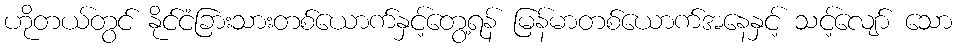
ဟိုတယ်တွင် နိုင်ငံခြားသားတစ်ယောက်နှင့်တွေ့ရန် မြန်မာတစ်ယောက်အနေနှင့် သင့်လျော် သော